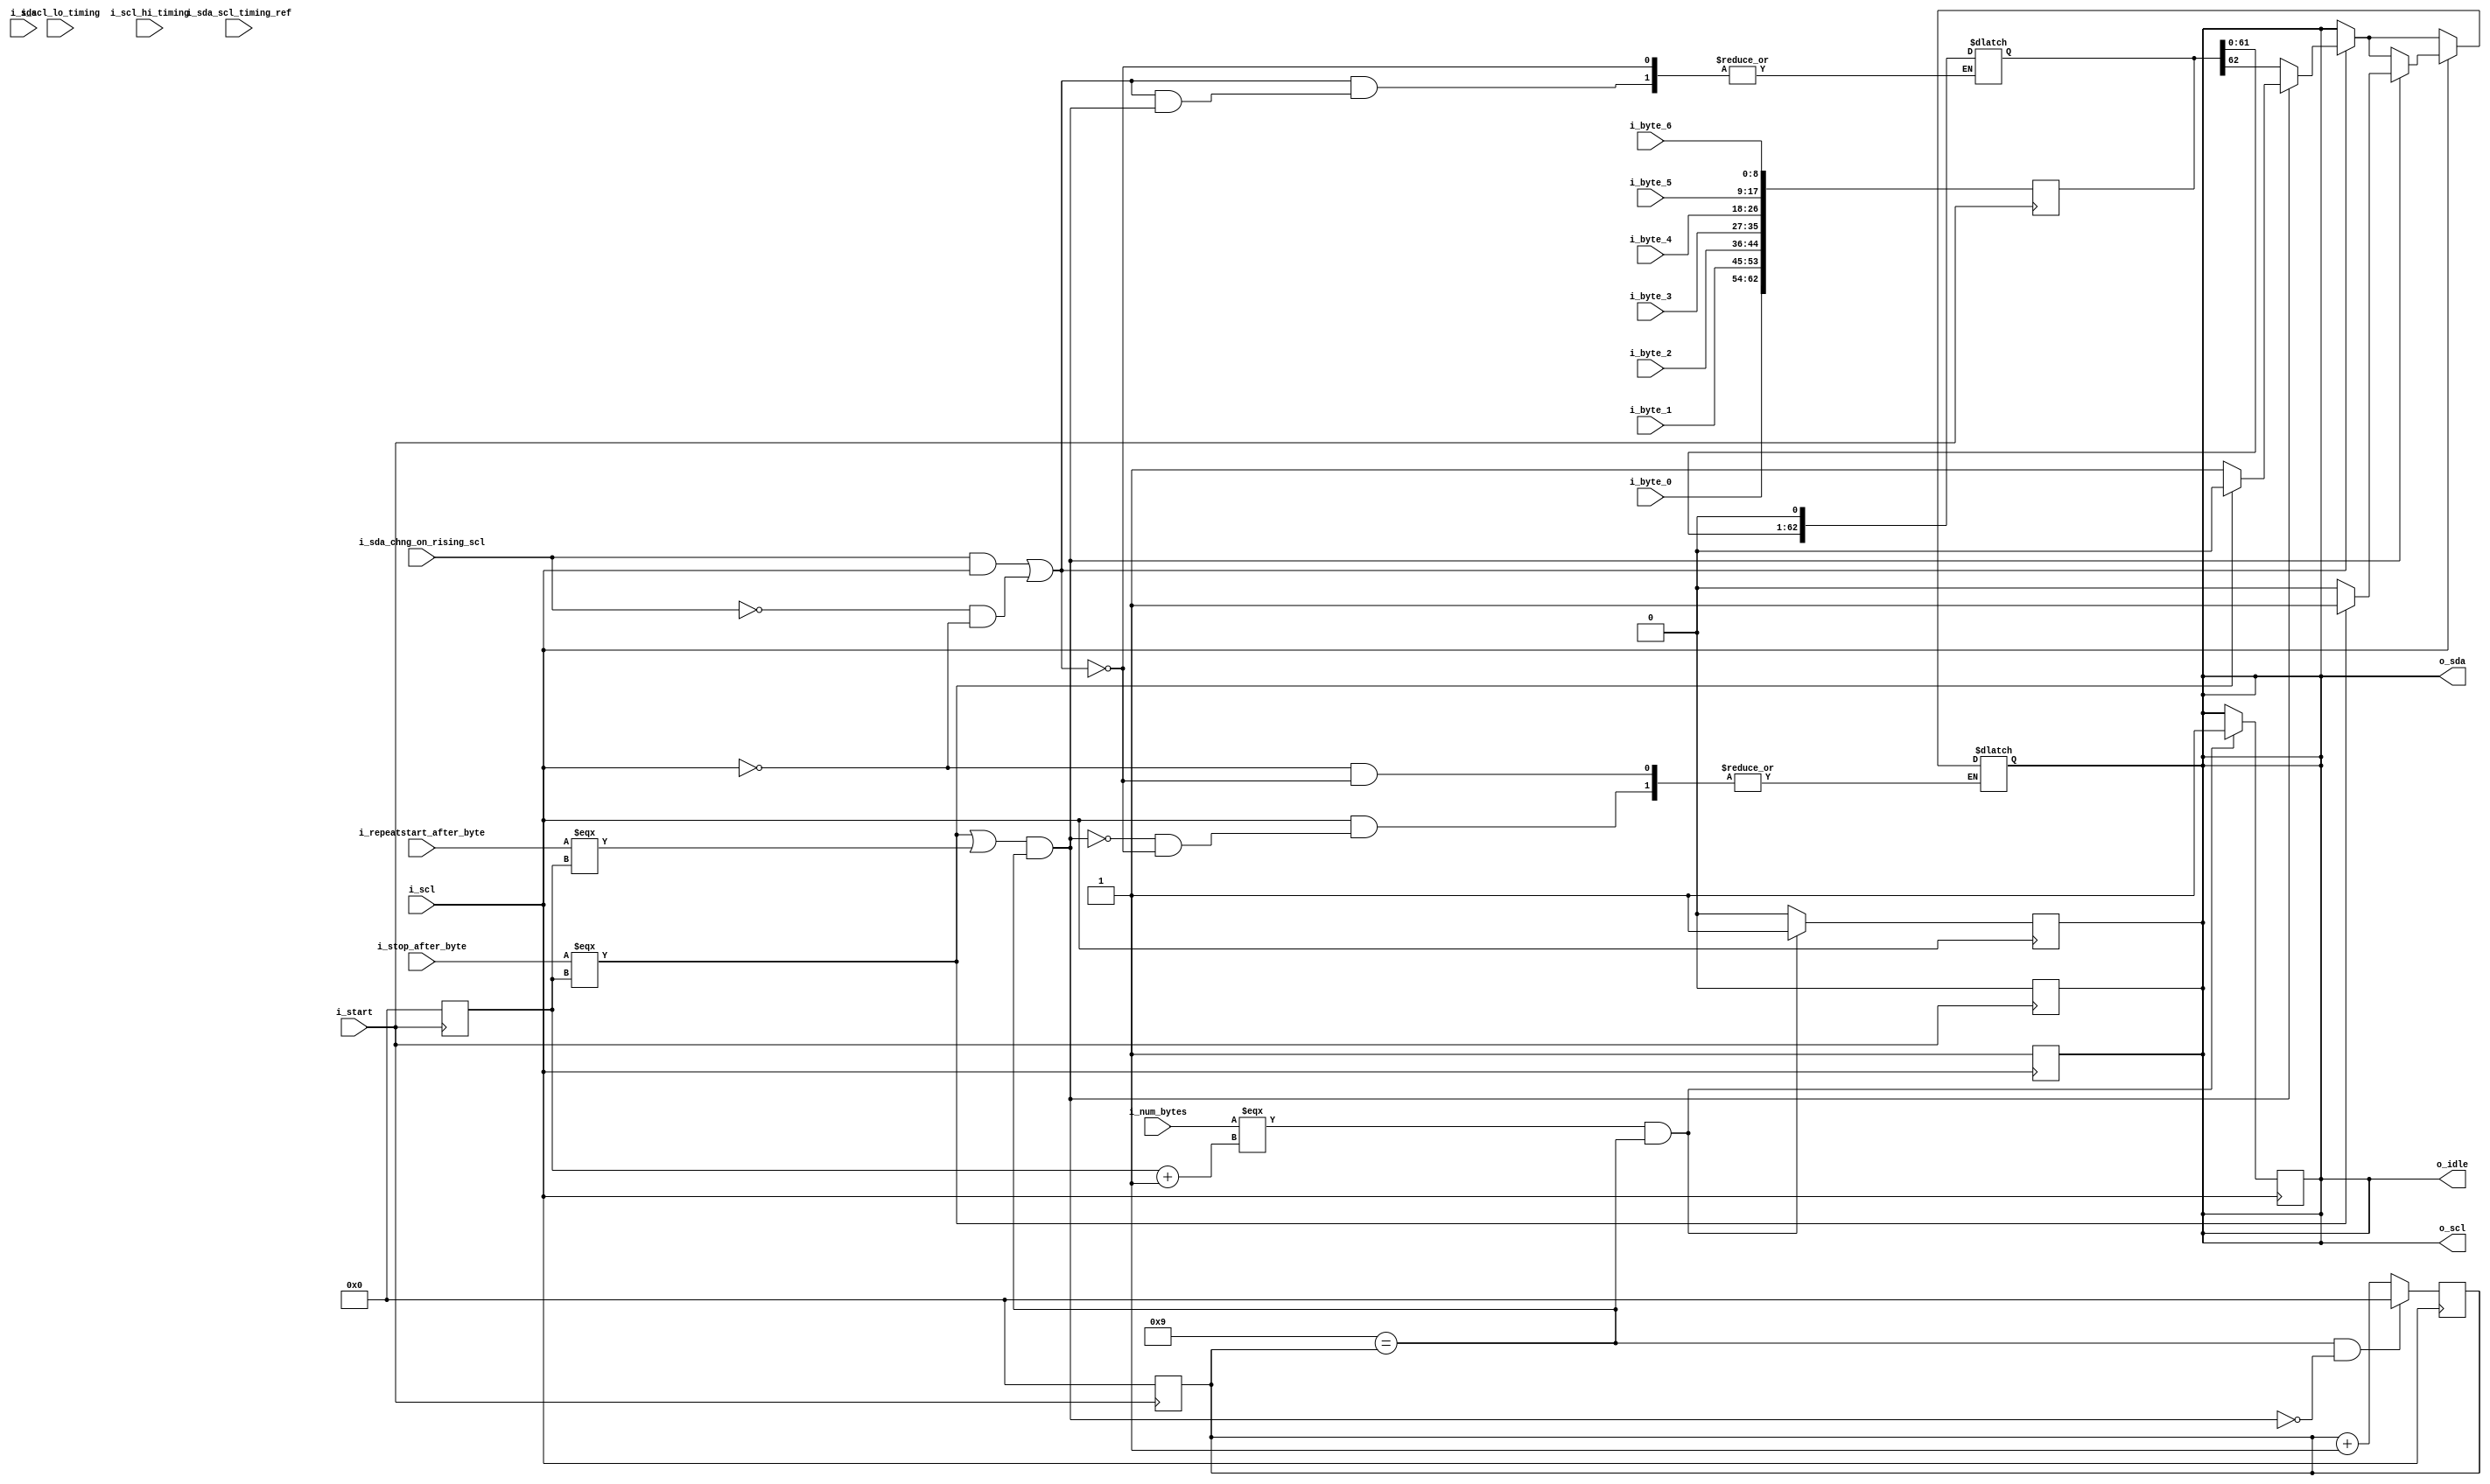
module driver_msti2c(
	input i_scl,
	input i_sda,
	
	//posedge starts transaction
	input i_start,  
	
	//how long to wait for sda to change after scl changes.
	//see "i_sda_chng_on_rising_scl" to choose which edge to time from.
	input [31:0] i_sda_scl_timing_ref, 
	input [31:0] i_scl_lo_timing,
	input [31:0] i_scl_hi_timing,
	
	 //set high if sda should change using scl rising edge as reference.
	 //else sda will change using scl falling edge as reference.
	input i_sda_chng_on_rising_scl,
	
	//number of bytes for this transaction (including address, write, and read)
	input [2:0] i_num_bytes, 
	
	//insert repeat start control bit or stop control bit
	//after which byte.  Set to 7 to not insert.
	input [2:0] i_repeatstart_after_byte,
	input [2:0] i_stop_after_byte,
	
	//data bytes
	input [8:0] i_byte_0  ,
	input [8:0] i_byte_1  ,
	input [8:0] i_byte_2  ,
	input [8:0] i_byte_3  ,
	input [8:0] i_byte_4  ,
	input [8:0] i_byte_5  ,
	input [8:0] i_byte_6  ,
	
	
	output reg o_scl,
	output reg o_sda,
	
	output reg o_idle


);
	localparam NUM_DAT_BITS = 7*9;
	reg [NUM_DAT_BITS-1:0] all_bytes;
	reg [3:0] bit_cnt;
	reg [3:0] byte_cnt;
	reg       nxt_bit_is_ctrl;
	
	wire final_byte;
	wire stop_byte;
	

	assign       final_byte = (i_num_bytes               === (byte_cnt+1'b1  )    );
	assign        stop_byte = (i_stop_after_byte         ===  byte_cnt            );
	assign repeatstart_byte = (i_repeatstart_after_byte  ===  byte_cnt            );
	
	assign cur_bit_is_last           = (4'h9 == bit_cnt);
	//assign cur_bit_is_almost_last    = (4'h7 === bit_cnt);
	
	assign nxt_bit_is_ctrl = (stop_byte || repeatstart_byte) && cur_bit_is_last;


	initial begin
		o_idle = 1'b1;
		o_scl = 1'b1;
		o_sda = 1'b1;
	end
	
	always @(posedge i_start) begin
		bit_cnt  = 0;
		byte_cnt = 0;
		all_bytes = { 
			i_byte_0  ,
			i_byte_1  ,
			i_byte_2  ,
			i_byte_3  ,
			i_byte_4  ,
			i_byte_5  ,
			i_byte_6  
		};
		o_idle = 0;
		o_scl = 1'b1;
		o_sda = 1'b0;
		
		o_scl <= #i_scl_hi_timing 1'b0;
	end
	
	//generate o_idle
	always @(posedge i_scl) begin
		if( final_byte && cur_bit_is_last) o_idle <= #i_scl_hi_timing 1'b1;
	end
	
	//generate o_scl next rising edge
	always @(negedge i_scl) begin
		o_scl <= #i_scl_lo_timing 1'b1;
	end
	
	//generate o_scl next falling edge
	always @(posedge i_scl) begin
		if( final_byte && cur_bit_is_last) o_scl = 1'b1; //do nothing
		else begin
			if( nxt_bit_is_ctrl) o_scl <= #(2*i_scl_hi_timing) 1'b0;
			else                 o_scl <= #(  i_scl_hi_timing) 1'b0; //normal data bit
		end
	end
	
	//bit_cnt
	always @(posedge i_scl) begin
		//bit_cnt <= ( cur_bit_is_last ) ? 0 : bit_cnt + 1'b1;
		bit_cnt <= (cur_bit_is_last && !nxt_bit_is_ctrl) ? 0 : bit_cnt + 1'b1;
	end
	
	//o_sda  logic 
	always @(i_scl) begin
	
		if(    ( i_sda_chng_on_rising_scl &&  i_scl)
		    || (~i_sda_chng_on_rising_scl && ~i_scl) ) begin
			
			if( nxt_bit_is_ctrl) begin
				o_sda <= #(i_sda_scl_timing_ref) (stop_byte ? 1'b0 : 1'b1);
			end
			else begin
				o_sda <= #i_sda_scl_timing_ref   all_bytes[NUM_DAT_BITS-1];
				all_bytes = (all_bytes << 1);
			end
		end
		
		//posedge i_scl
		if( i_scl) begin
			if( nxt_bit_is_ctrl) begin
				o_sda <= #(i_scl_hi_timing) ( stop_byte ? 1'b1 : 1'b0 );
			end
		end
	end
	
	
	
endmodule